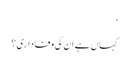
‘
کہاں ہے ان کی وفاداری؟